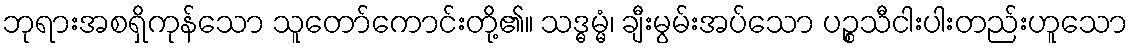
ဘုရားအစရှိကုန်သော သူတော်ကောင်းတို့၏။ သဒ္ဓမ္မံ၊ ချီးမွမ်းအပ်သော ပဉ္စသီငါးပါးတည်းဟူသော